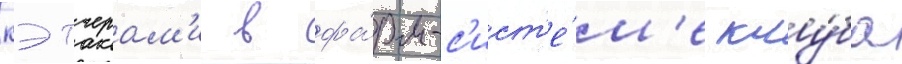
кэтчерам'и в фа́рм-с'ист'е́м'е клу́ба